Lunatic asylums Punjab 1911-1921 - 1911-1921
Year: 1911
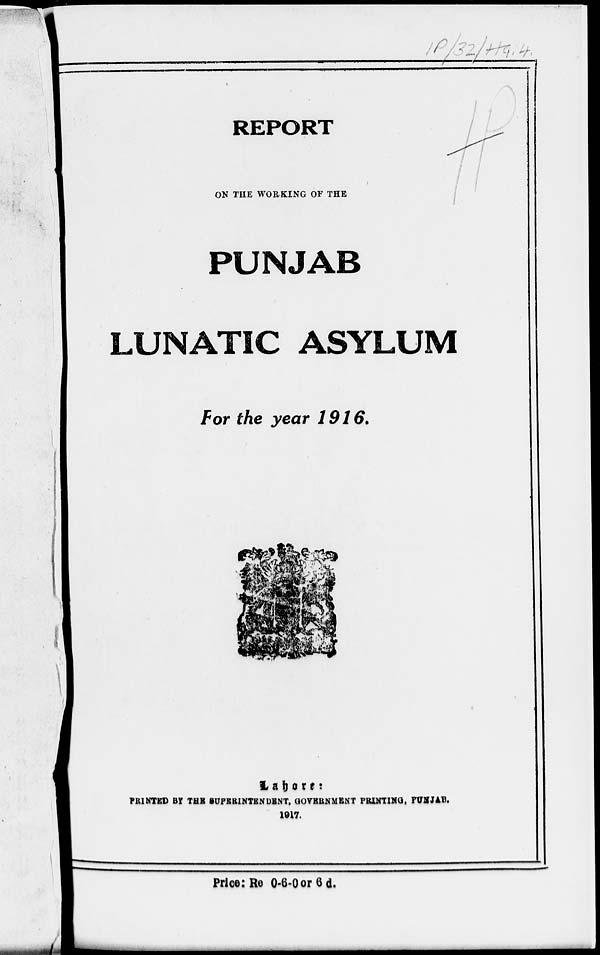
REPORT
ON THE WORKING OF THE
PUNJAB
LUNATIC ASYLUM
For the year 1916.
Lahore:
PRINTED BY THE SUPERINTENDENT, GOVERNMENT PRINTING, PUNJAB.
1917.
Price: Re 0-6-0 or 6 d.